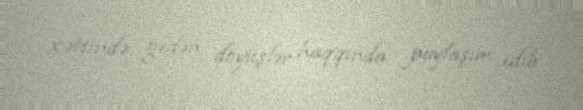
xəttində gedən döyüşlər haqqında paylaşım edib.